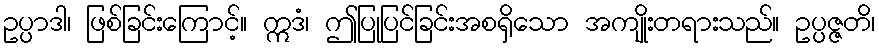
ဥပ္ပာဒါ၊ ဖြစ်ခြင်းကြောင့်။ ဣဒံ၊ ဤပြုပြင်ခြင်းအစရှိသော အကျိုးတရားသည်။ ဥပ္ပဇ္ဇတိ၊